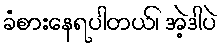
ခံစားနေရပါတယ်၊ အဲ့ဒါပဲ